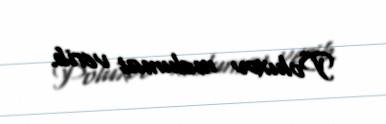
Poluxov məlumat verib.